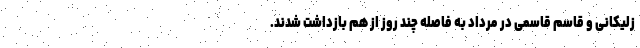
زلیکانی و قاسم قاسمی در مرداد به فاصله چند روز از هم بازداشت شدند.